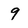
Character: 9